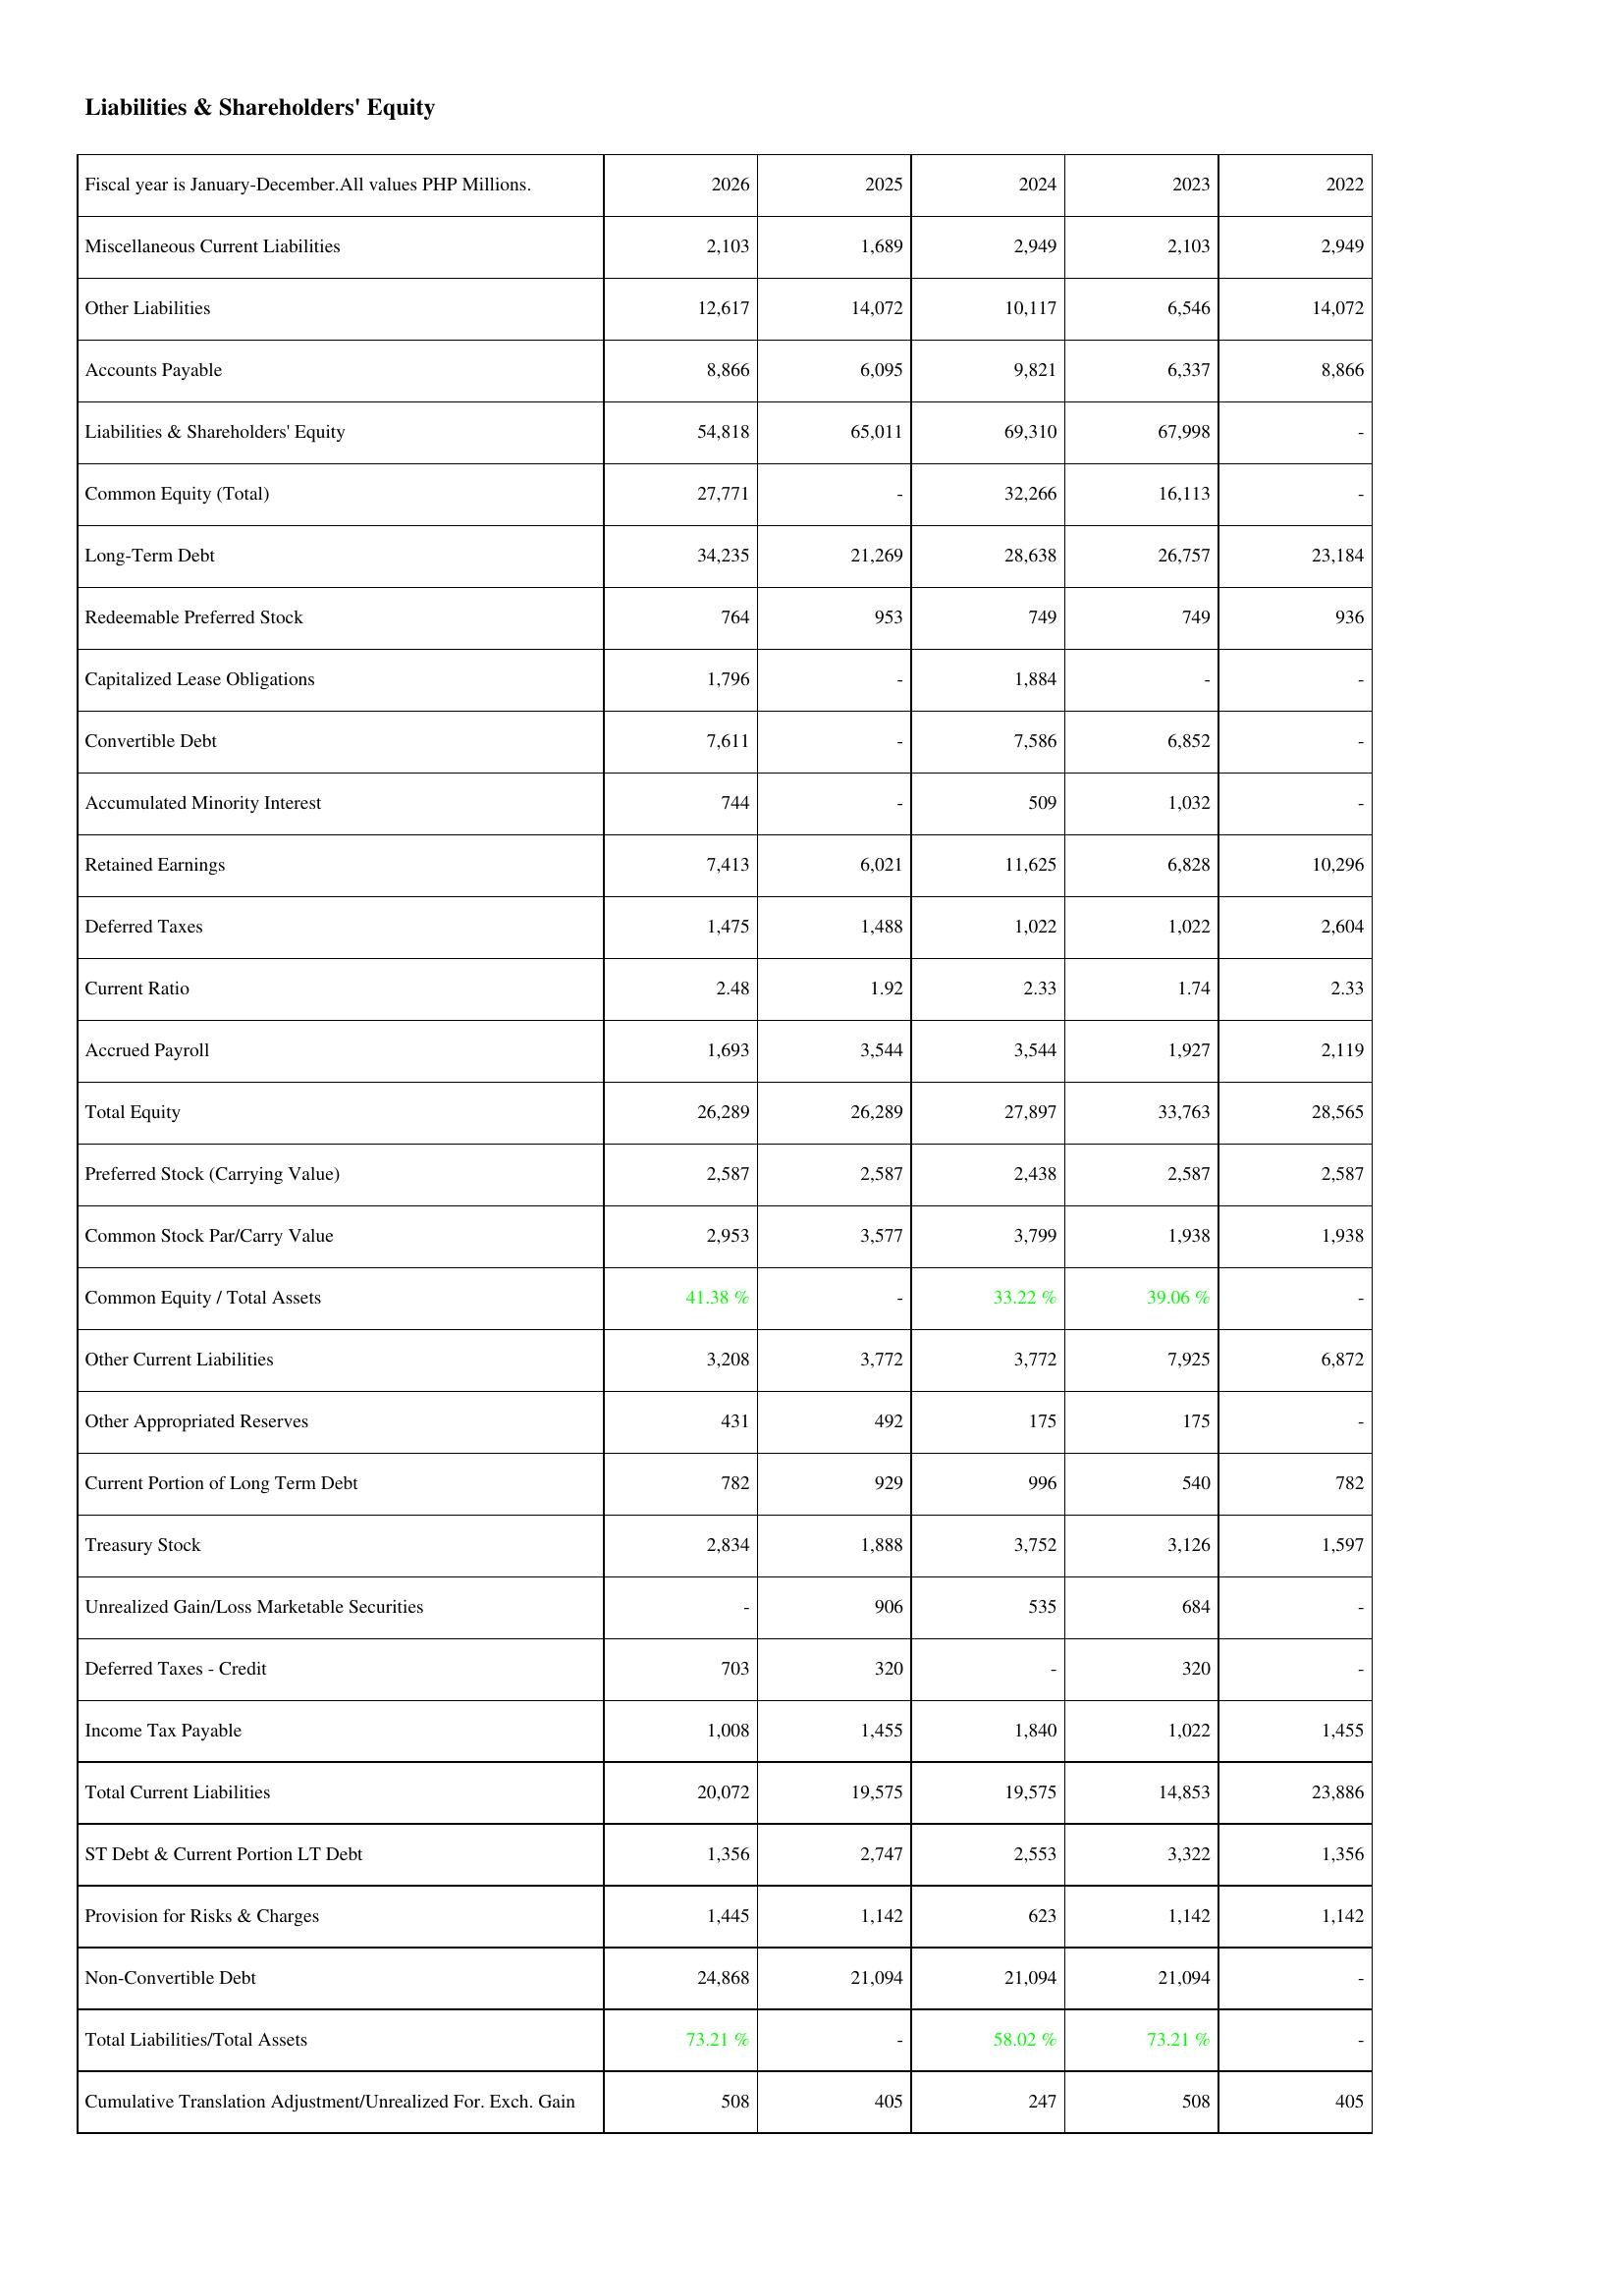
2026: Liabilities & Shareholders' Equity: Miscellaneous Current Liabilities: 2,103
Other Liabilities: 12,617
Accounts Payable: 8,866
Liabilities & Shareholders' Equity: 54,818
Common Equity (Total): 27,771
Long-Term Debt: 34,235
Redeemable Preferred Stock: 764
Capitalized Lease Obligations: 1,796
Convertible Debt: 7,611
Accumulated Minority Interest: 744
Retained Earnings: 7,413
Deferred Taxes: 1,475
Current Ratio: 2.48
Accrued Payroll: 1,693
Total Equity: 26,289
Preferred Stock (Carrying Value): 2,587
Common Stock Par/Carry Value: 2,953
Common Equity / Total Assets: 41.38 %
Other Current Liabilities: 3,208
Other Appropriated Reserves: 431
Current Portion of Long Term Debt: 782
Treasury Stock: 2,834
Unrealized Gain/Loss Marketable Securities: -
Deferred Taxes - Credit: 703
Income Tax Payable: 1,008
Total Current Liabilities: 20,072
ST Debt & Current Portion LT Debt: 1,356
Provision for Risks & Charges: 1,445
Non-Convertible Debt: 24,868
Total Liabilities/Total Assets: 73.21 %
Cumulative Translation Adjustment/Unrealized For. Exch. Gain: 508
2025: Liabilities & Shareholders' Equity: Miscellaneous Current Liabilities: 1,689
Other Liabilities: 14,072
Accounts Payable: 6,095
Liabilities & Shareholders' Equity: 65,011
Common Equity (Total): -
Long-Term Debt: 21,269
Redeemable Preferred Stock: 953
Capitalized Lease Obligations: -
Convertible Debt: -
Accumulated Minority Interest: -
Retained Earnings: 6,021
Deferred Taxes: 1,488
Current Ratio: 1.92
Accrued Payroll: 3,544
Total Equity: 26,289
Preferred Stock (Carrying Value): 2,587
Common Stock Par/Carry Value: 3,577
Common Equity / Total Assets: -
Other Current Liabilities: 3,772
Other Appropriated Reserves: 492
Current Portion of Long Term Debt: 929
Treasury Stock: 1,888
Unrealized Gain/Loss Marketable Securities: 906
Deferred Taxes - Credit: 320
Income Tax Payable: 1,455
Total Current Liabilities: 19,575
ST Debt & Current Portion LT Debt: 2,747
Provision for Risks & Charges: 1,142
Non-Convertible Debt: 21,094
Total Liabilities/Total Assets: -
Cumulative Translation Adjustment/Unrealized For. Exch. Gain: 405
2024: Liabilities & Shareholders' Equity: Miscellaneous Current Liabilities: 2,949
Other Liabilities: 10,117
Accounts Payable: 9,821
Liabilities & Shareholders' Equity: 69,310
Common Equity (Total): 32,266
Long-Term Debt: 28,638
Redeemable Preferred Stock: 749
Capitalized Lease Obligations: 1,884
Convertible Debt: 7,586
Accumulated Minority Interest: 509
Retained Earnings: 11,625
Deferred Taxes: 1,022
Current Ratio: 2.33
Accrued Payroll: 3,544
Total Equity: 27,897
Preferred Stock (Carrying Value): 2,438
Common Stock Par/Carry Value: 3,799
Common Equity / Total Assets: 33.22 %
Other Current Liabilities: 3,772
Other Appropriated Reserves: 175
Current Portion of Long Term Debt: 996
Treasury Stock: 3,752
Unrealized Gain/Loss Marketable Securities: 535
Deferred Taxes - Credit: -
Income Tax Payable: 1,840
Total Current Liabilities: 19,575
ST Debt & Current Portion LT Debt: 2,553
Provision for Risks & Charges: 623
Non-Convertible Debt: 21,094
Total Liabilities/Total Assets: 58.02 %
Cumulative Translation Adjustment/Unrealized For. Exch. Gain: 247
2023: Liabilities & Shareholders' Equity: Miscellaneous Current Liabilities: 2,103
Other Liabilities: 6,546
Accounts Payable: 6,337
Liabilities & Shareholders' Equity: 67,998
Common Equity (Total): 16,113
Long-Term Debt: 26,757
Redeemable Preferred Stock: 749
Capitalized Lease Obligations: -
Convertible Debt: 6,852
Accumulated Minority Interest: 1,032
Retained Earnings: 6,828
Deferred Taxes: 1,022
Current Ratio: 1.74
Accrued Payroll: 1,927
Total Equity: 33,763
Preferred Stock (Carrying Value): 2,587
Common Stock Par/Carry Value: 1,938
Common Equity / Total Assets: 39.06 %
Other Current Liabilities: 7,925
Other Appropriated Reserves: 175
Current Portion of Long Term Debt: 540
Treasury Stock: 3,126
Unrealized Gain/Loss Marketable Securities: 684
Deferred Taxes - Credit: 320
Income Tax Payable: 1,022
Total Current Liabilities: 14,853
ST Debt & Current Portion LT Debt: 3,322
Provision for Risks & Charges: 1,142
Non-Convertible Debt: 21,094
Total Liabilities/Total Assets: 73.21 %
Cumulative Translation Adjustment/Unrealized For. Exch. Gain: 508
2022: Liabilities & Shareholders' Equity: Miscellaneous Current Liabilities: 2,949
Other Liabilities: 14,072
Accounts Payable: 8,866
Liabilities & Shareholders' Equity: -
Common Equity (Total): -
Long-Term Debt: 23,184
Redeemable Preferred Stock: 936
Capitalized Lease Obligations: -
Convertible Debt: -
Accumulated Minority Interest: -
Retained Earnings: 10,296
Deferred Taxes: 2,604
Current Ratio: 2.33
Accrued Payroll: 2,119
Total Equity: 28,565
Preferred Stock (Carrying Value): 2,587
Common Stock Par/Carry Value: 1,938
Common Equity / Total Assets: -
Other Current Liabilities: 6,872
Other Appropriated Reserves: -
Current Portion of Long Term Debt: 782
Treasury Stock: 1,597
Unrealized Gain/Loss Marketable Securities: -
Deferred Taxes - Credit: -
Income Tax Payable: 1,455
Total Current Liabilities: 23,886
ST Debt & Current Portion LT Debt: 1,356
Provision for Risks & Charges: 1,142
Non-Convertible Debt: -
Total Liabilities/Total Assets: -
Cumulative Translation Adjustment/Unrealized For. Exch. Gain: 405